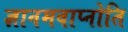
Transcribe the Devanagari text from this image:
ज्ञानमवाप्नोति